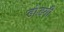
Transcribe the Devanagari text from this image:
डोडगी